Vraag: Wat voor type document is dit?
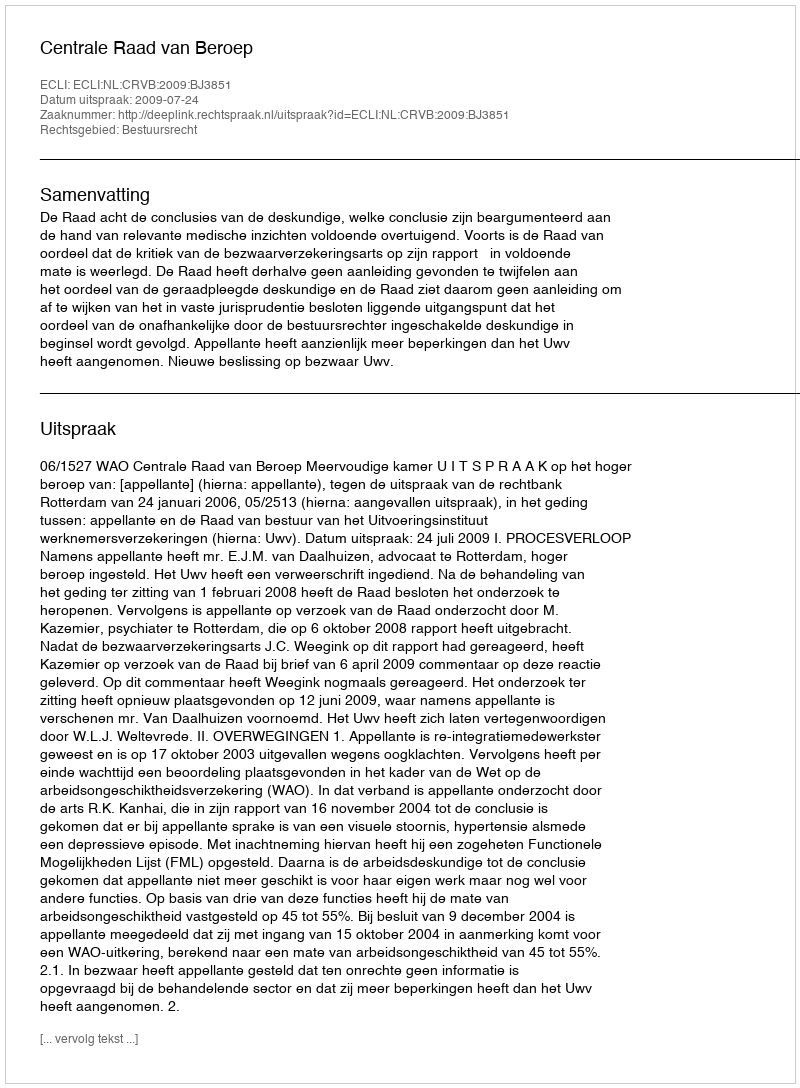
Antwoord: Uitspraak